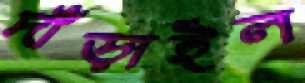
দাঁড়াইল